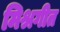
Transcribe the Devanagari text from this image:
मिश्रगीत